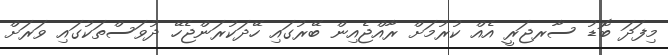
މިފަދަ ބޮޑު ސާރޖަރީ އެއް ކުރުމަށް ރާއްޖެއިން ބޭރުގައި ހޭދަކުރަންޖެހޭ ދުވަސްތަކުގައި ވަރަށް